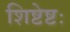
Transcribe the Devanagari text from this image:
शिष्टेष्टः